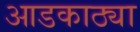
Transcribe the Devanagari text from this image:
आडकाठ्या